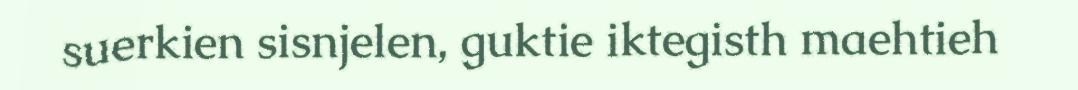
suerkien sisnjelen, guktie iktegisth maehtieh